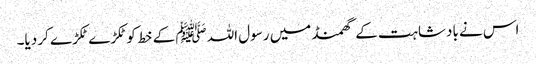
اس نے بادشاہت کے گھمنڈ میں رسول اللہ ﷺ کے خط کوٹکڑے ٹکڑے کر دیا۔